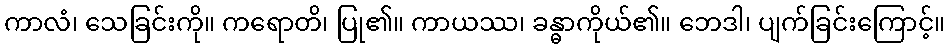
ကာလံ၊ သေခြင်းကို။ ကရောတိ၊ ပြု၏။ ကာယဿ၊ ခန္ဓာကိုယ်၏။ ဘေဒါ၊ ပျက်ခြင်းကြောင့်။